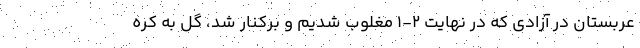
عربستان در آزادی که در نهایت 2-1 مغلوب شدیم و برکنار شد، گل به کره